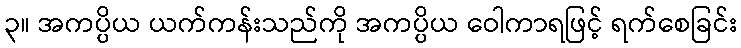
၃။ အကပ္ပိယ ယက်ကန်းသည်ကို အကပ္ပိယ ဝေါကာရဖြင့် ရက်စေခြင်း